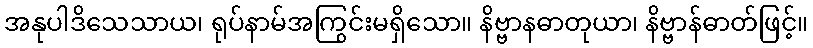
အနုပါဒိသေသာယ၊ ရုပ်နာမ်အကြွင်းမရှိသော။ နိဗ္ဗာနဓာတုယာ၊ နိဗ္ဗာန်ဓာတ်ဖြင့်။